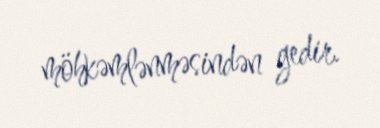
möhkəmlənməsindən gedir.